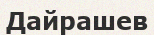
Дайрашев